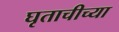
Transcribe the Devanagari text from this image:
घृताचीच्या